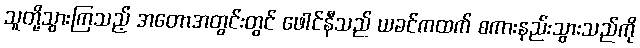
သူတို့သွားကြသည့် အတောအတွင်းတွင် ဖေါင်နီသည် ယခင်ကထက် စကားနည်းသွားသည်ကို